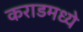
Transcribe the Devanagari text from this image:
कराडमध्ये